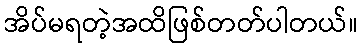
အိပ်မရတဲ့အထိဖြစ်တတ်ပါတယ်။